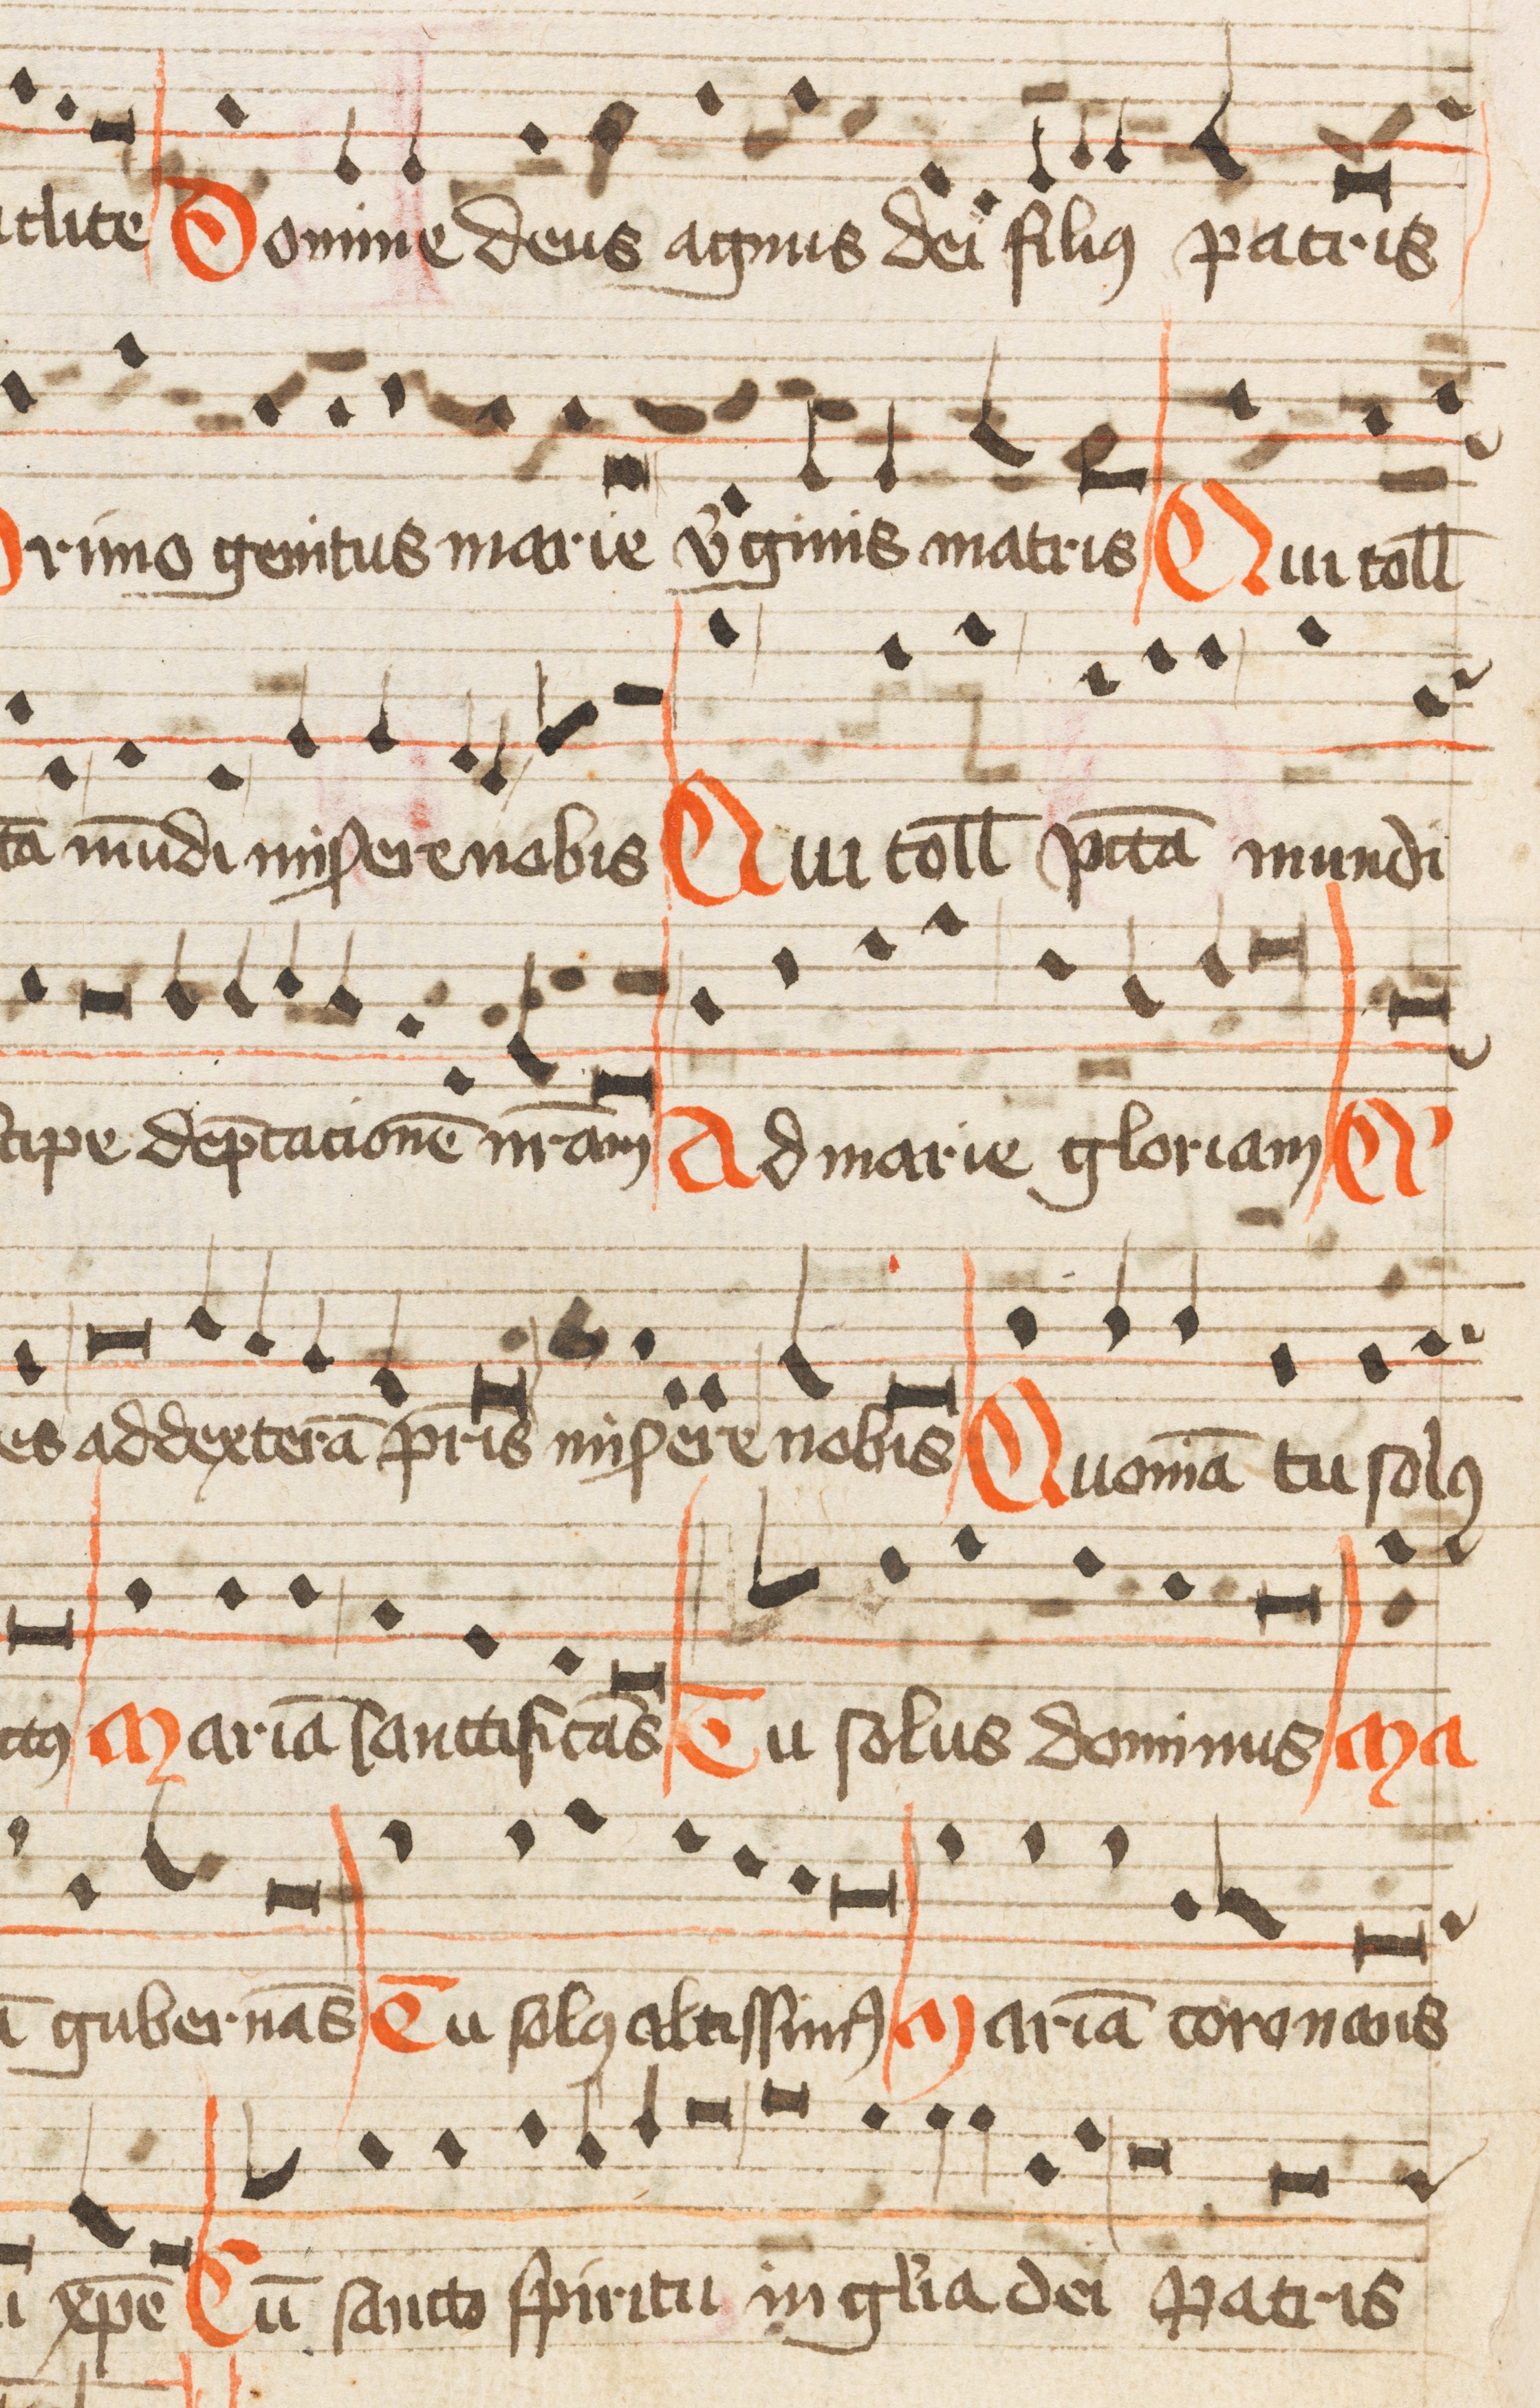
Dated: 1500–1599